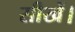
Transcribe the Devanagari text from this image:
सीखें।